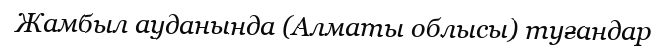
Жамбыл ауданында (Алматы облысы) туғандар